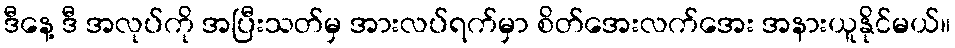
ဒီနေ့ ဒီ အလုပ်ကို အပြီးသတ်မှ အားလပ်ရက်မှာ စိတ်အေးလက်အေး အနားယူနိုင်မယ်။